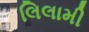
લિલામી